Vaccination report Assam 1896-1927 - 1896-1927
Year: 1896
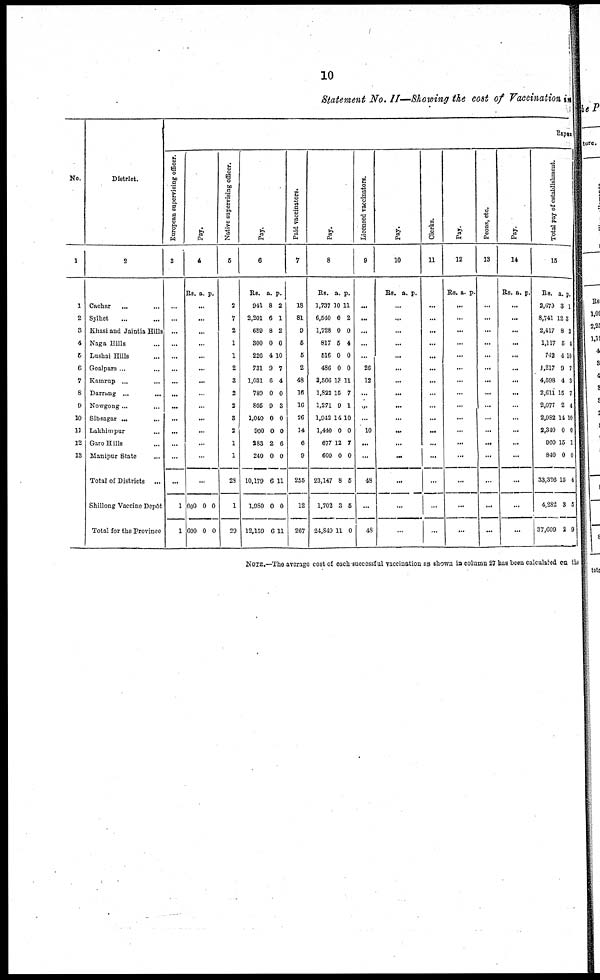
10
Statement No. II—Showing the cost of Vaccination in
No.
1
1
2
3
4
6
6
7
8
9
10
11
12
13
District.
2
Cachar... ...
Sylhet... ...
Khasi and Jaintia Hills
Naga Hills...
Lushai Hills...
Goalpara...
...
Kamrup... ...
Darrang... ...
Nowgong ... ...
Sibsagar... ...
Lakhimpur... ...
Garo Hills... ...
Manipur State...
Total of Districts ...
Shillong Vaccine Depôt
Total for the Province
Erpu
European supervising officer.
3
...
...
...
...
...
...
...
...
...
...
...
...
...
...
1
1
Pay.
4
Rs. a. p.
...
...
...
...
...
...
...
...
...
...
...
...
...
...
600
600
0
0
0
0
Native supervising officer.
5
2
7
2
1
1
2
3
2
2
3
2
1
1
28
1
29
Pay.
6
Rs.
941
2,201
689
300
220
731
1,031
789
805
1,040
900
283
240
10,179
1,980
12,159
a.
8
6
8
0
4
9
6
0
9
0
0
2
0
6
0
6
p.
2
1
2
0
10
7
4
0
3
0
0
6
0
11
0
11
Paid vaccinators.
7
18
81
9
5
5
2
48
16
16
26
14
6
9
256
12
267
Pay.
8
Rs.
1,737
6,510
1,728
817
516
480
3,566
1,822
1,271
1,942
1,440
677
600
23,147
1,702
24,840
a.
10
6
0
5
0
0
13
15
9
14
0
12
0
8
3
11
p.
11
2
0
4
0
0
11
7
1
10
0
7
0
5
5
0
Licensed vaccinators.
9
...
...
...
...
...
26
12
...
...
...
10
...
...
48
...
48
Pay.
10
Rs. a. p.
...
...
...
...
...
...
...
...
...
...
...
...
...
...
...
...
Clerks.
11
...
...
...
...
...
...
...
...
...
...
...
...
...
...
...
...
Pay.
12
Rs. a. p.
...
...
...
...
...
...
...
...
...
...
...
...
...
...
...
...
Peons, etc.
13
...
...
...
...
...
...
...
...
...
...
...
...
...
...
...
...
Pay.
14
Rs. a. p.
...
...
...
...
...
...
...
...
...
...
...
...
...
...
...
...
Total pay of establishment.
15
Rs.
2,079
8,741
2,417
1,117
742
1,217
4,598
2,611
2,077
2,932
2,340
960
840
33,326
4,282
37,609
a.
3
12
8
5
4
9
4
15
2
14
0
15
0
15
3
2
p.
1
3
2
4
10
7
3
7
4
10
0
1
0
4
5
9
NOTE.—The average cost of each successful vaccination as shown in column 27 has been calculated on the